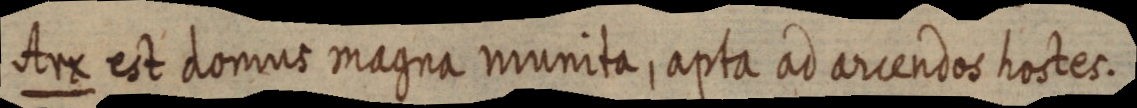
Arx est domus magna munita, apta ad arcendos hostes.